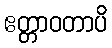
ဧတ္တာဝတာပိ